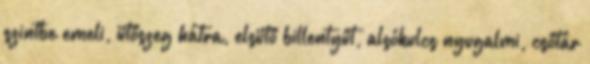
szintbe emeli, ütőszeg hátra, elsütő billentyűt, alsókulcs nyugalmi, csőtár